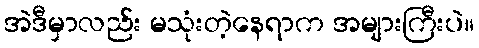
အဲဒီမှာလည်း မသုံးတဲ့နေရာက အများကြီးပဲ။